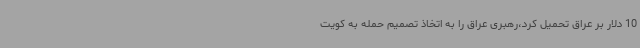
10 دلار بر عراق تحمیل کرد،رهبری عراق را به اتخاذ تصمیم حمله به کویت